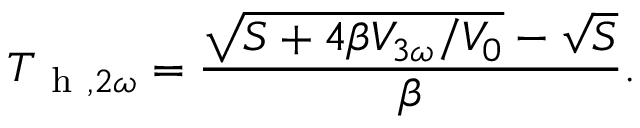
T _ { \mathrm { ~ h ~ } , 2 \omega } = \frac { \sqrt { S + 4 \beta V _ { 3 \omega } / V _ { 0 } } - \sqrt { S } } { \beta } { . }